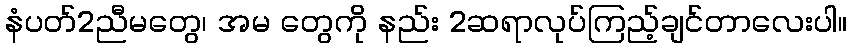
နံပတ်2ညီမတွေ၊ အမ တွေကို နည်း 2ဆရာလုပ်ကြည့်ချင်တာလေးပါ။